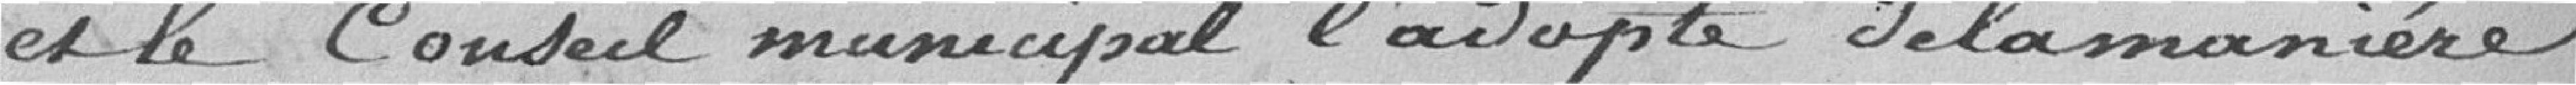
et le Conseil municipal l'adopte de la manière